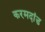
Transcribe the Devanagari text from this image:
करमदांड